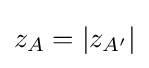
z_{A}=|z_{A'}|